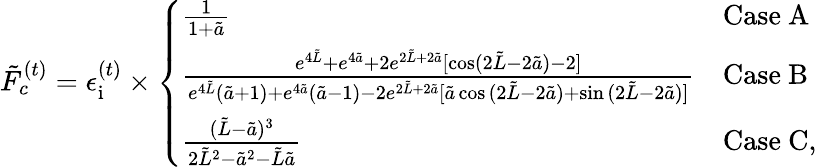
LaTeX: \tilde{F}_{c}^{(t)}=\epsilon_{\mathrm{i}}^{(t)}\times\left\{ \begin{array}{ll}{\frac{1}{1+\tilde{a}}}&{\mathrm{Case~A}}\\ {\frac{e^{4\tilde{L}}+e^{4\tilde{a}}+2e^{2\tilde{L}+2\tilde{a}}[\cos(2\tilde{L}-2\tilde{a})-2]}{e^{4\tilde{L}}(\tilde{a}+1)+e^{4\tilde{a}}(\tilde{a}-1)-2e^{2\tilde{L}+2\tilde{a}}[\tilde{a}\cos{(2\tilde{L}-2\tilde{a})}+\sin{(2\tilde{L}-2\tilde{a})]}}}&{\mathrm{Case~B}}\\ {\frac{(\tilde{L}-\tilde{a})^{3}}{2\tilde{L}^{2}-\tilde{a}^{2}-\tilde{L}\tilde{a}}}&{\mathrm{Case~C},}\end{array}\right.